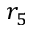
r _ { 5 }